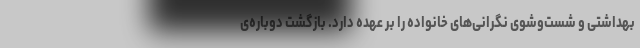
بهداشتی و شست‌وشوی نگرانی‌های خانواده را بر عهده دارد. بازگشت دوباره‌ی